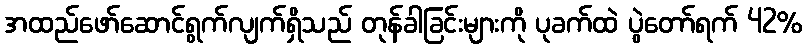
အထည်ဖော်ဆောင်ရွက်လျက်ရှိသည် တုန်ခါခြင်းများကို ပုခက်ထဲ ပွဲတော်ရက် 42%